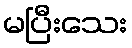
မပြီးသေး